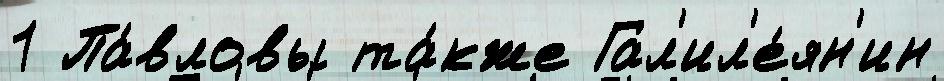
1 Па́вловы та́кже Гал'ил'е́ян'ин